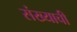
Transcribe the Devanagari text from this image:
संख्याची